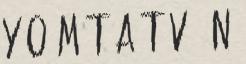
Y O M T A T V Á N